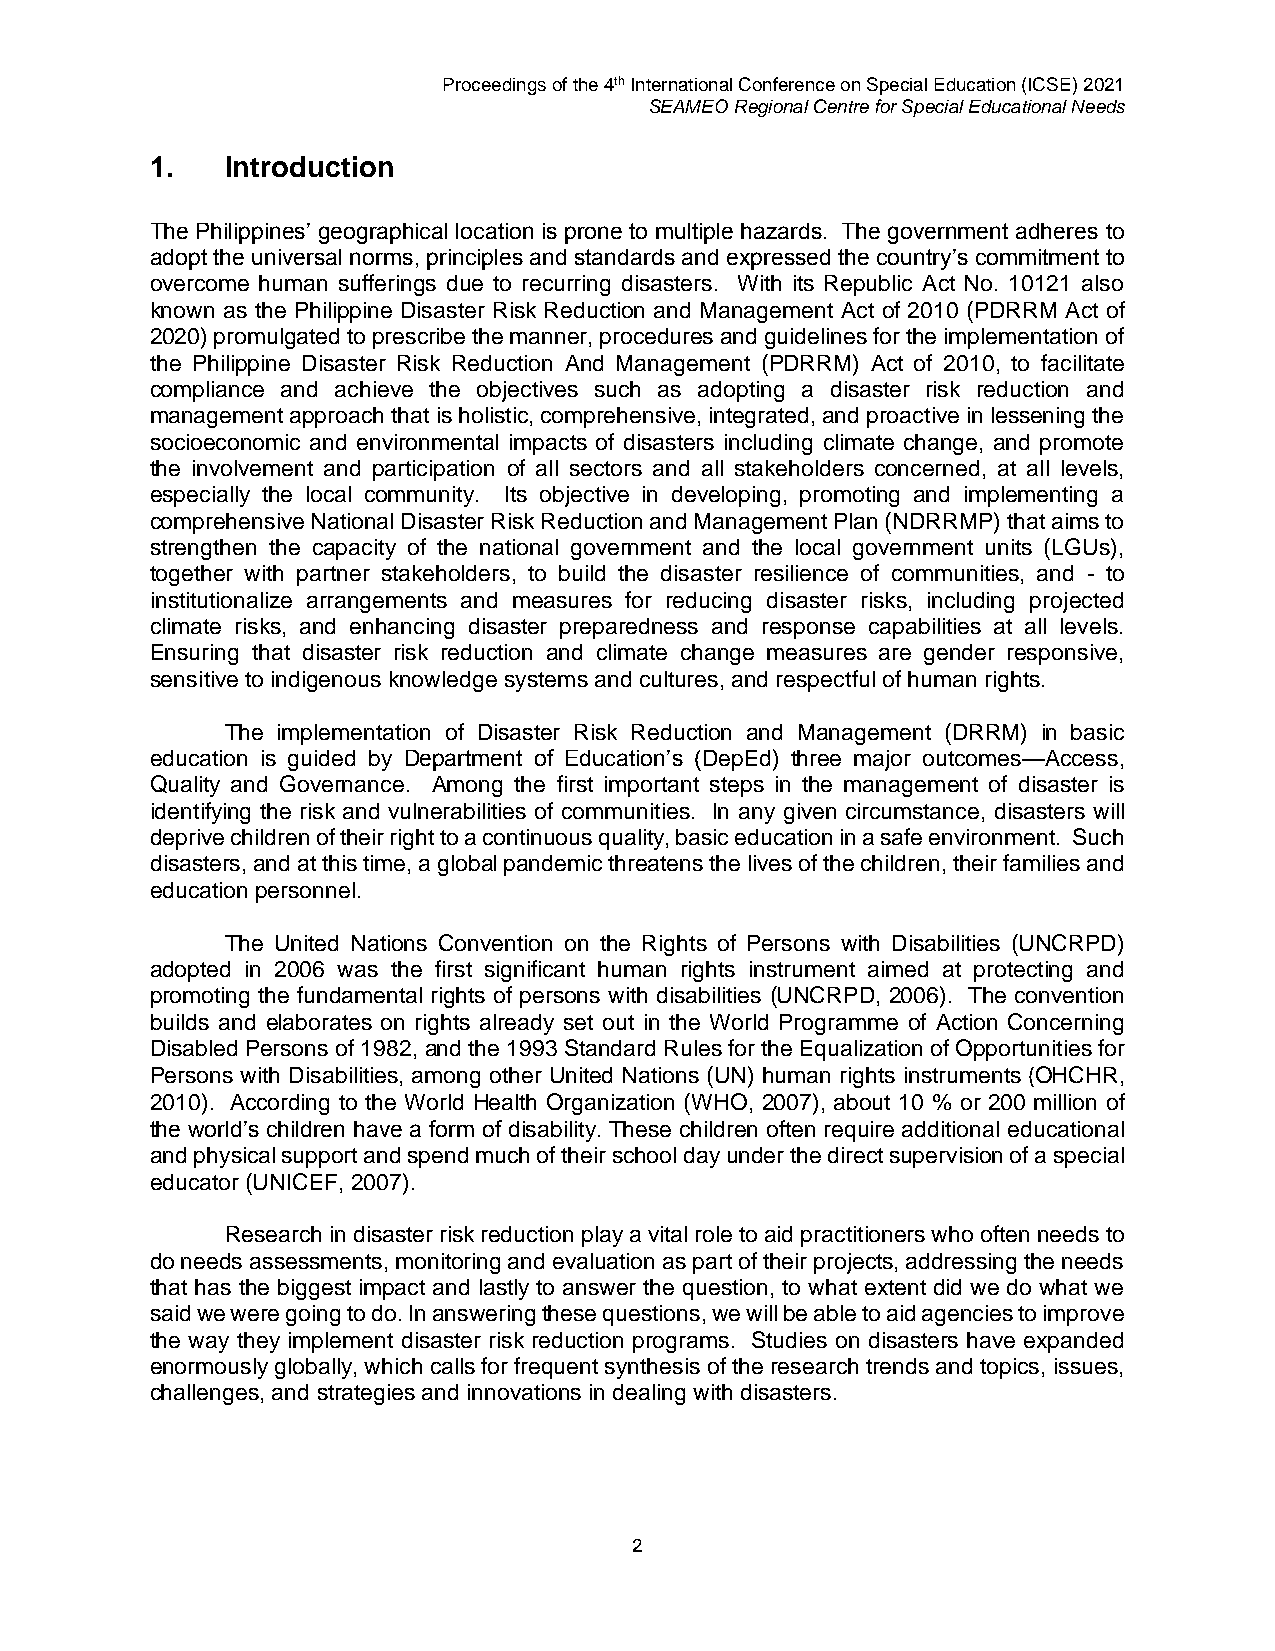
Proceedings of the 4th International Conference on Special Education (ICSE) 2021
 SEAMEO Regional Centre for Special Educational Needs
 1.   Introduction
 The Philippines’ geographical location is prone to multiple hazards. The government adheres to
 adopt the universal norms, principles and standards and expressed the country’s commitment to
 overcome human sufferings due to recurring disasters. With its Republic Act No. 10121 also
 known as the Philippine Disaster Risk Reduction and Management Act of 2010 (PDRRM Act of
 2020) promulgated to prescribe the manner, procedures and guidelines for the implementation of
 the Philippine Disaster Risk Reduction And Management (PDRRM) Act of 2010, to facilitate
 compliance and achieve the objectives such as adopting a disaster risk reduction and
 management approach that is holistic, comprehensive, integrated, and proactive in lessening the
 socioeconomic and environmental impacts of disasters including climate change, and promote
 the involvement and participation of all sectors and all stakeholders concerned, at all levels,
 especially the local community. Its objective in developing, promoting and implementing a
 comprehensive National Disaster Risk Reduction and Management Plan (NDRRMP) that aims to
 strengthen the capacity of the national government and the local government units (LGUs),
 together with partner stakeholders, to build the disaster resilience of communities, and - to
 institutionalize arrangements and measures for reducing disaster risks, including projected
 climate risks, and enhancing disaster preparedness and response capabilities at all levels.
 Ensuring that disaster risk reduction and climate change measures are gender responsive,
 sensitive to indigenous knowledge systems and cultures, and respectful of human rights.
 The implementation of Disaster Risk Reduction and Management (DRRM) in basic
 education is guided by Department of Education’s (DepEd) three major outcomes—Access,
 Quality and Governance. Among the first important steps in the management of disaster is
 identifying the risk and vulnerabilities of communities. In any given circumstance, disasters will
 deprive children of their right to a continuous quality, basic education in a safe environment. Such
 disasters, and at this time, a global pandemic threatens the lives of the children, their families and
 education personnel.
 The United Nations Convention on the Rights of Persons with Disabilities (UNCRPD)
 adopted in 2006 was the first significant human rights instrument aimed at protecting and
 promoting the fundamental rights of persons with disabilities (UNCRPD, 2006). The convention
 builds and elaborates on rights already set out in the World Programme of Action Concerning
 Disabled Persons of 1982, and the 1993 Standard Rules for the Equalization of Opportunities for
 Persons with Disabilities, among other United Nations (UN) human rights instruments (OHCHR,
 2010). According to the World Health Organization (WHO, 2007), about 10 % or 200 million of
 the world’s children have a form of disability. These children often require additional educational
 and physical support and spend much of their school day under the direct supervision of a special
 educator (UNICEF, 2007).
 Research in disaster risk reduction play a vital role to aid practitioners who often needs to
 do needs assessments, monitoring and evaluation as part of their projects, addressing the needs
 that has the biggest impact and lastly to answer the question, to what extent did we do what we
 said we were going to do. In answering these questions, we will be able to aid agencies to improve
 the way they implement disaster risk reduction programs. Studies on disasters have expanded
 enormously globally, which calls for frequent synthesis of the research trends and topics, issues,
 challenges, and strategies and innovations in dealing with disasters.
 2